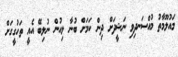
މައުލޫމާތު މުއްސަނދިވި ނަޝީދަށް ދިން ކަމަށް ބުނާ ލިއުން ނުލިބޭ އެއީ ތަހުގީގަށް